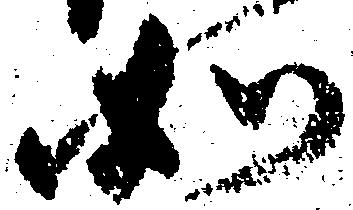
如